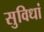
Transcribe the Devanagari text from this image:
सुविधां